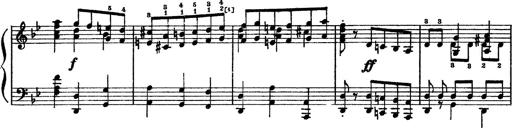
Title: Sarabande und Chaconne aus dem Singspiel
Composer: Franz Liszt